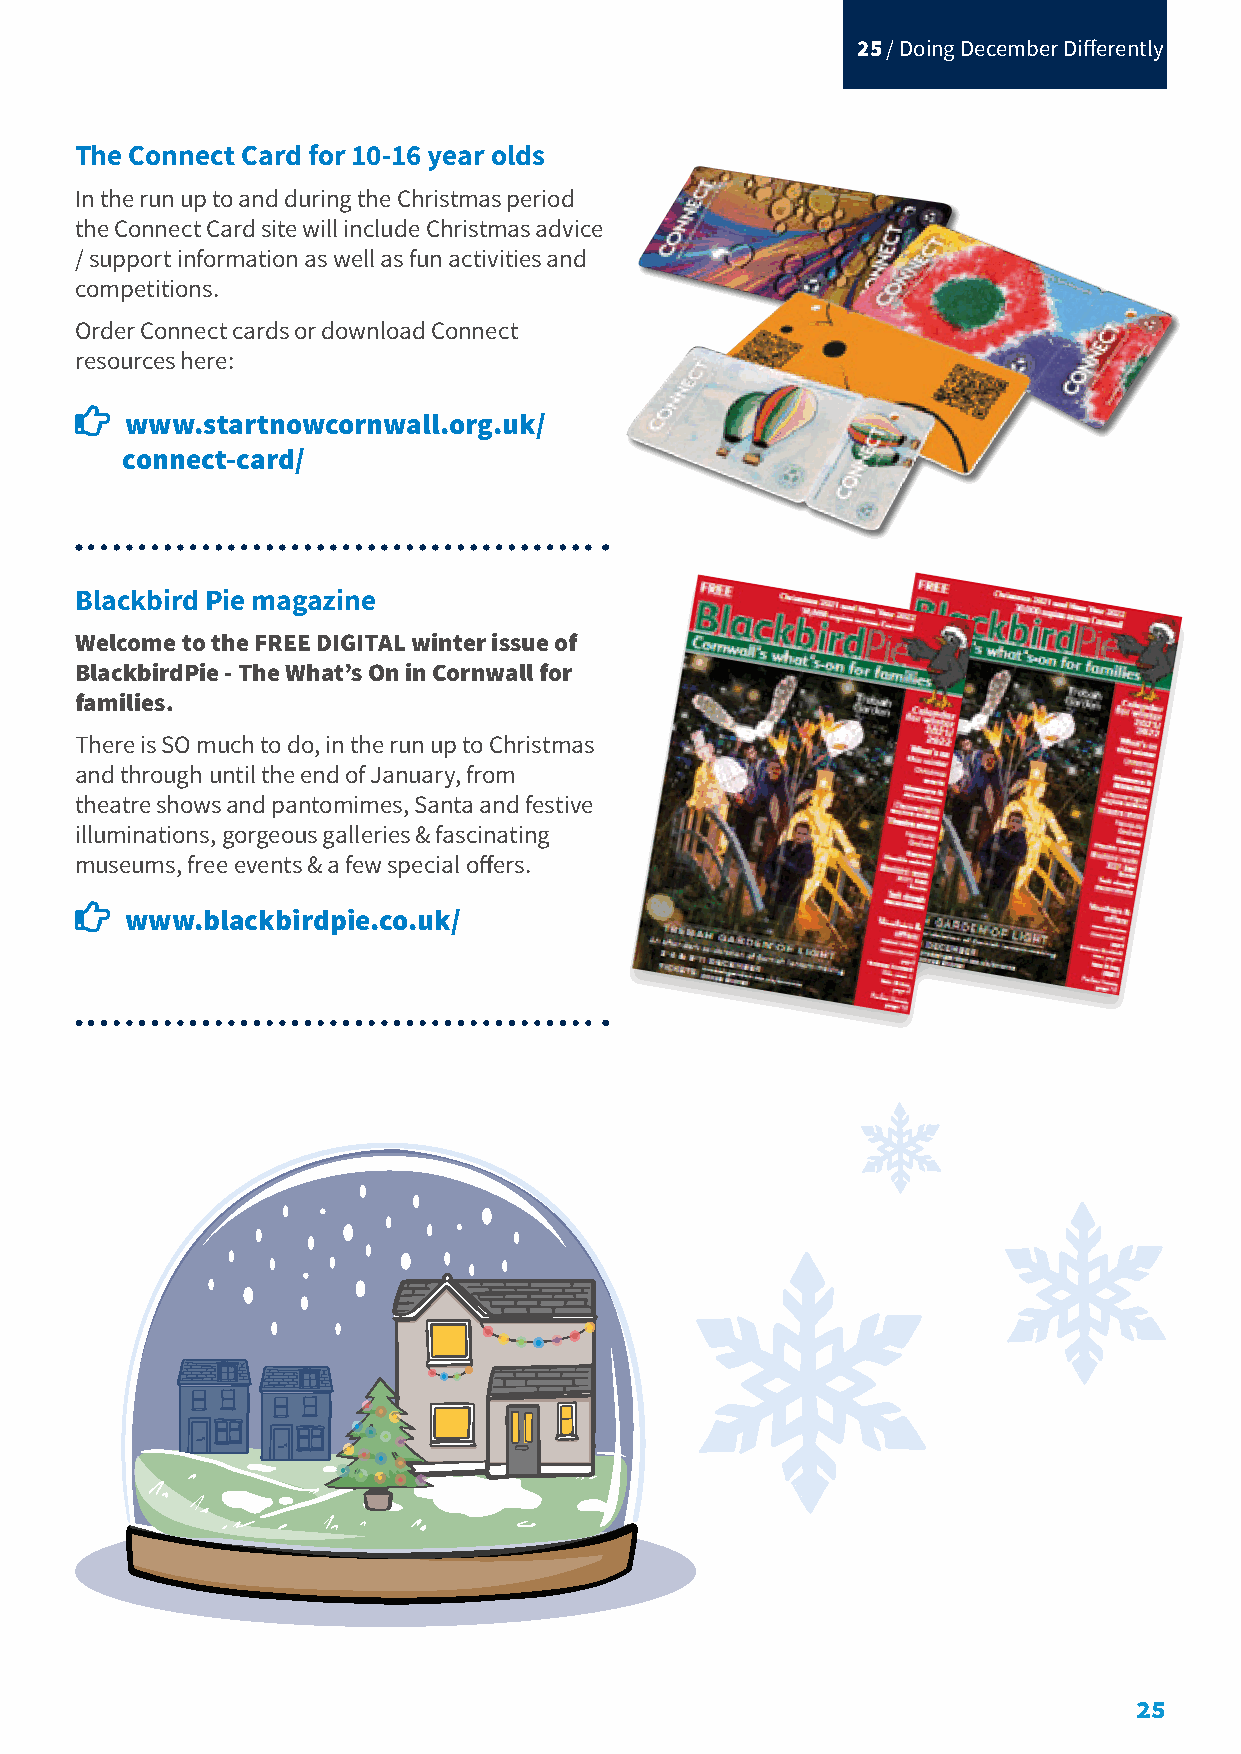
25 / Doing December Differently
 The Connect Card for 10-16 year olds
 In the run up to and during the Christmas period
 the Connect Card site will include Christmas advice
 / support information as well as fun activities and
 competitions.
 Order Connect cards or download Connect
 resources here:
 
 www.startnowcornwall.org.uk/
 connect-card/
 Blackbird Pie magazine
 Welcome to the FREE DIGITAL winter issue of
 BlackbirdPie - The What’s On in Cornwall for
 families.
 There is SO much to do, in the run up to Christmas
 and through until the end of January, from
 theatre shows and pantomimes, Santa and festive
 illuminations, gorgeous galleries & fascinating
 museums, free events & a few special offers.
 
 www.blackbirdpie.co.uk/
 25